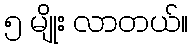
၅ မျိုး လာတယ်။